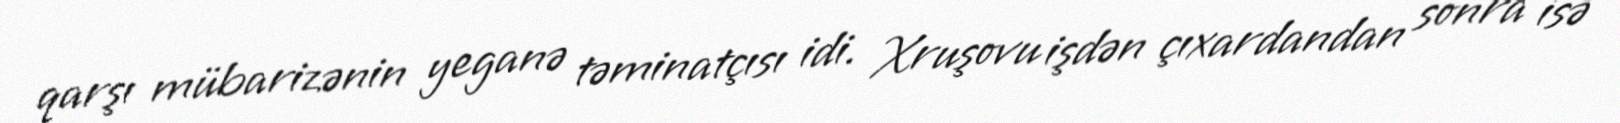
qarşı mübarizənin yeganə təminatçısı idi. Xruşovu işdən çıxardandan sonra isə